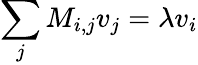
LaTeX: \sum_{j}M_{i,j}v_{j}=\lambda v_{i}